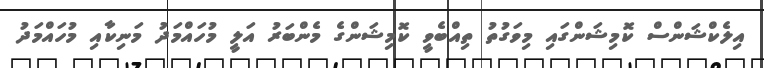
އިލެކްޝަންސް ކޮމިޝަންގައި މިވަގުތު ތިއްބެވީ ކޮމިޝަންގެ މެންބަރު އަލީ މުހައްމަދު މަނިކާއި މުހައްމަދު